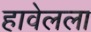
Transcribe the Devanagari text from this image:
हावेलला